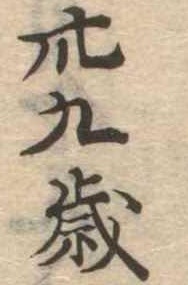
卅九歳